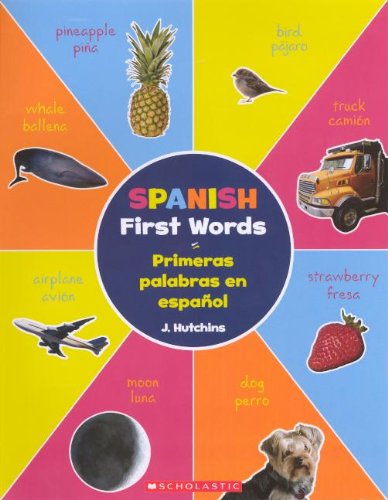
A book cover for Spanish First Words (Primeras Palabras En Espanol) (Turtleback School & Library Binding Edition) (Spanish Edition); J. Hutchins; Children's Books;